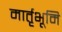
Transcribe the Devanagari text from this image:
मार्तृभूमि